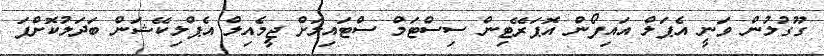
ގޫގުލުން ވަނީ އެޕަލް އައިފޯން އޮޕަރޭޓިން ސިސްޓަމް ސްޓައިލަށް ޖީމެއިލް އެޕްލިކޭޝަން ބަދަލުކޮށްފަ